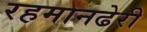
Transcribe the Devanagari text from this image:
रहमानढेरी